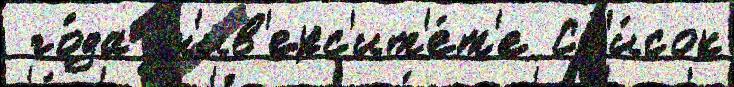
 го́да ун'ив'ерс'ит'е́т'е Сп'и́сок